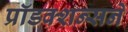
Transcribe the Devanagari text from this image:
प्रॉडक्शन्सने